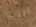
التي